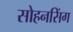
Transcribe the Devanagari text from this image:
सोहनसिंग